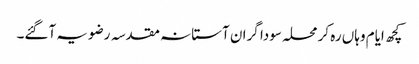
کچھ ایام وہاں رہ کر محلہ سودا گران آستانہ مقدسہ رضویہ آگئے۔